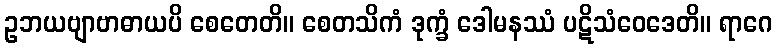
ဥဘယဗျာဗာဓာယပိ စေတေတိ။ စေတသိကံ ဒုက္ခံ ဒေါမနဿံ ပဋိသံဝေဒေတိ။ ရာဂေ